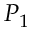
P _ { 1 }